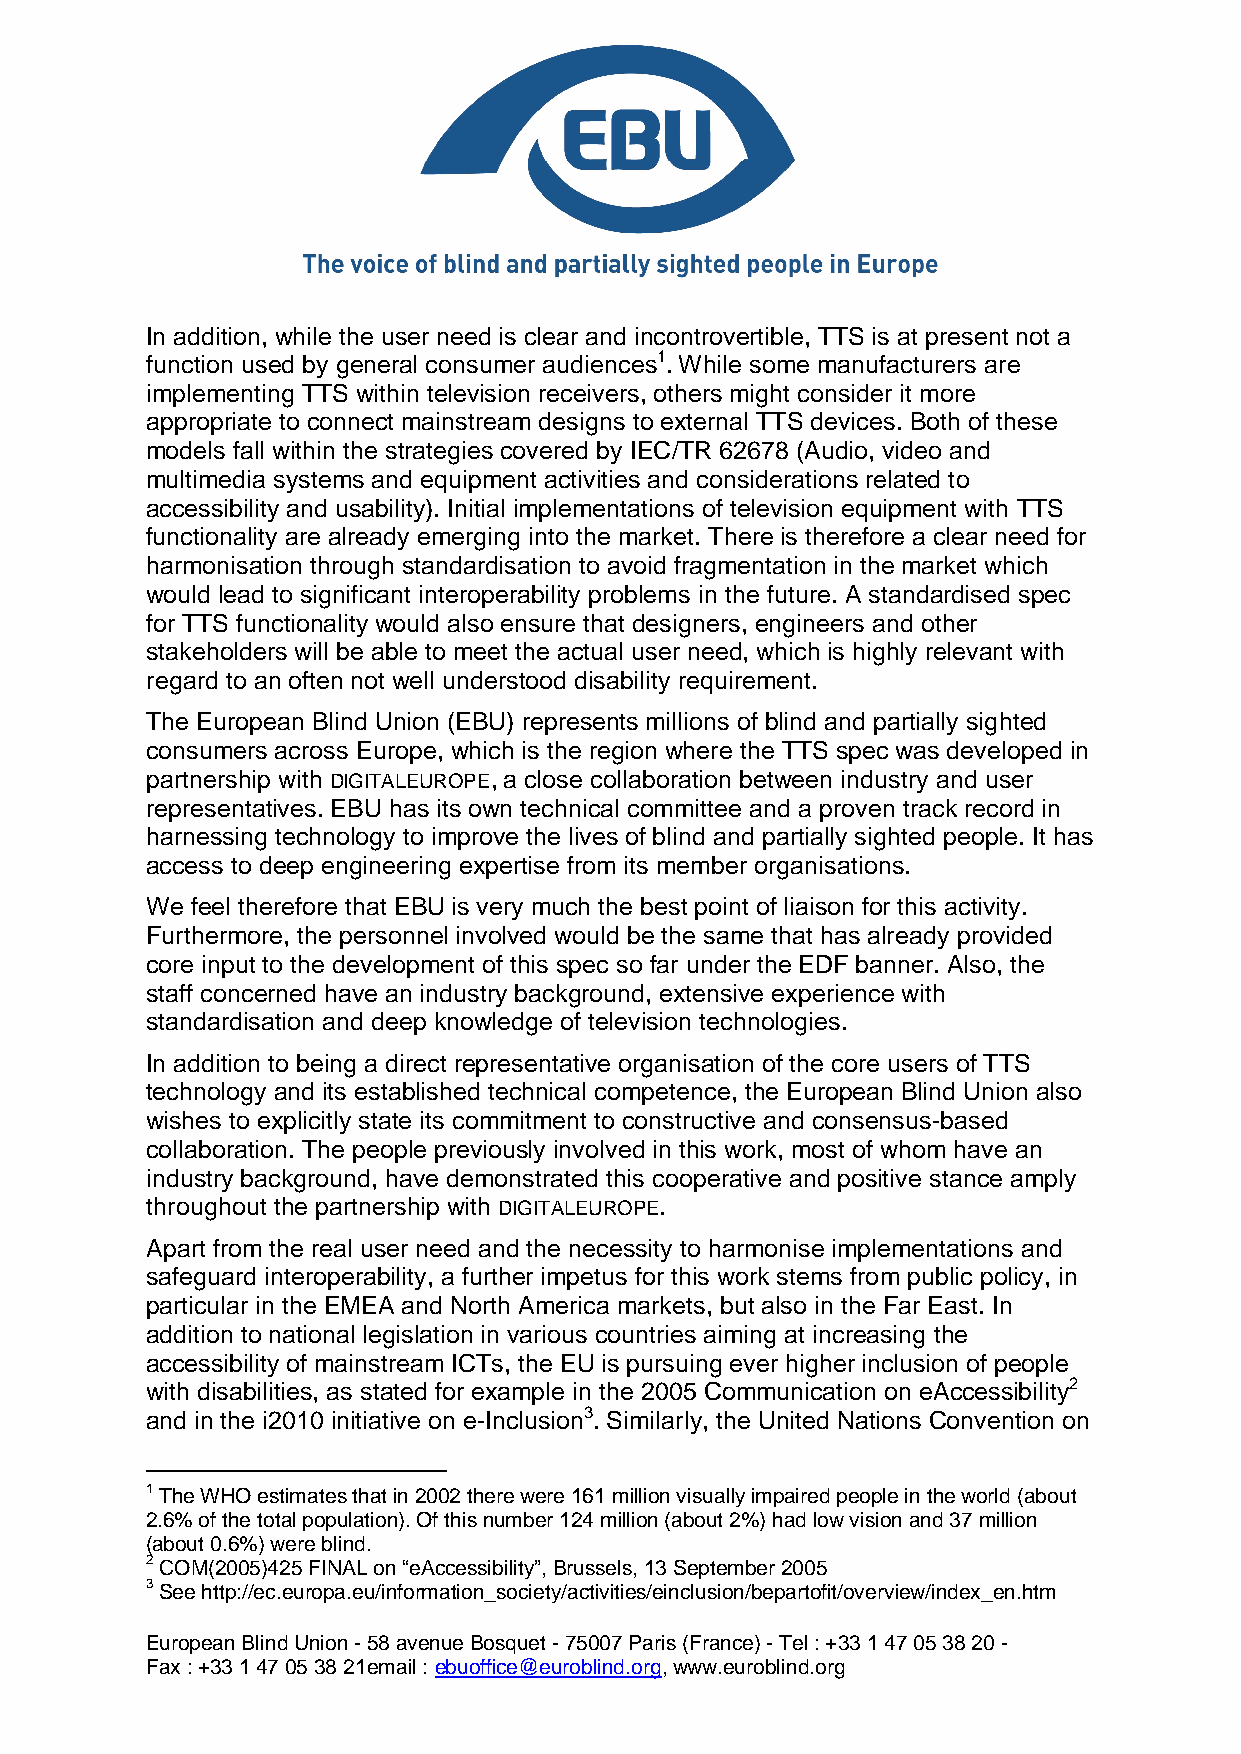
In addition, while the user need is clear and incontrovertible, TTS is at present not a
 function used by general consumer audiences1. While some manufacturers are
 implementing TTS within television receivers, others might consider it more
 appropriate to connect mainstream designs to external TTS devices. Both of these
 models fall within the strategies covered by IEC/TR 62678 (Audio, video and
 multimedia systems and equipment activities and considerations related to
 accessibility and usability). Initial implementations of television equipment with TTS
 functionality are already emerging into the market. There is therefore a clear need for
 harmonisation through standardisation to avoid fragmentation in the market which
 would lead to significant interoperability problems in the future. A standardised spec
 for TTS functionality would also ensure that designers, engineers and other
 stakeholders will be able to meet the actual user need, which is highly relevant with
 regard to an often not well understood disability requirement.
 The European Blind Union (EBU) represents millions of blind and partially sighted
 consumers across Europe, which is the region where the TTS spec was developed in
 partnership with DIGITALEUROPE, a close collaboration between industry and user
 representatives. EBU has its own technical committee and a proven track record in
 harnessing technology to improve the lives of blind and partially sighted people. It has
 access to deep engineering expertise from its member organisations.
 We feel therefore that EBU is very much the best point of liaison for this activity.
 Furthermore, the personnel involved would be the same that has already provided
 core input to the development of this spec so far under the EDF banner. Also, the
 staff concerned have an industry background, extensive experience with
 standardisation and deep knowledge of television technologies.
 In addition to being a direct representative organisation of the core users of TTS
 technology and its established technical competence, the European Blind Union also
 wishes to explicitly state its commitment to constructive and consensus-based
 collaboration. The people previously involved in this work, most of whom have an
 industry background, have demonstrated this cooperative and positive stance amply
 throughout the partnership with DIGITALEUROPE.
 Apart from the real user need and the necessity to harmonise implementations and
 safeguard interoperability, a further impetus for this work stems from public policy, in
 particular in the EMEA and North America markets, but also in the Far East. In
 addition to national legislation in various countries aiming at increasing the
 accessibility of mainstream ICTs, the EU is pursuing ever higher inclusion of people
 with disabilities, as stated for example in the 2005 Communication on eAccessibility2
 and in the i2010 initiative on e-Inclusion3. Similarly, the United Nations Convention on
 1 The WHO estimates that in 2002 there were 161 million visually impaired people in the world (about
 2.6% of the total population). Of this number 124 million (about 2%) had low vision and 37 million
 (about 0.6%) were blind.
 2 COM(2005)425 FINAL on “eAccessibility”, Brussels, 13 September 2005
 3 See http://ec.europa.eu/information_society/activities/einclusion/bepartofit/overview/index_en.htm
 European Blind Union - 58 avenue Bosquet - 75007 Paris (France) - Tel : +33 1 47 05 38 20 -
 Fax : +33 1 47 05 38 21email : ebuoffice@euroblind.org, www.euroblind.org